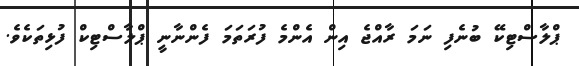
ޕްލާސްޓިކޭ ބުނެފި ނަމަ ރާއްޖެ އިން އެންމެ ފުރަތަމަ ފެންނާނީ ޕްލާސްޓިކް ފުޅިތަކެވެ.